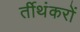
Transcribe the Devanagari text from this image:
र्तीथंकरों